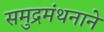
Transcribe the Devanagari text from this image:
समुद्रमंथनाने